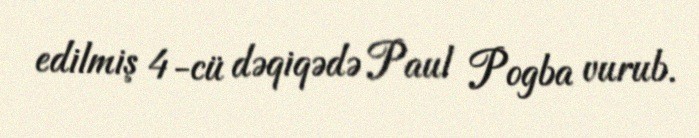
edilmiş 4-cü dəqiqədə Paul Pogba vurub.